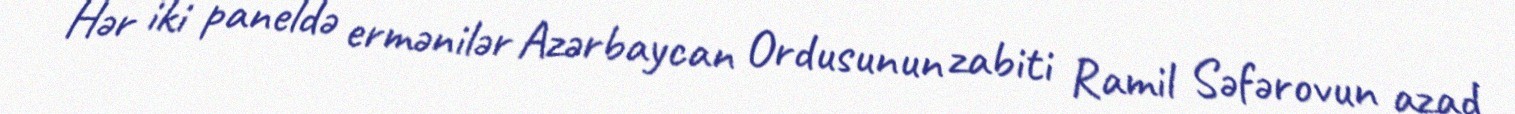
Hər iki paneldə ermənilər Azərbaycan Ordusunun zabiti Ramil Səfərovun azad